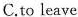
( )12.It's raining heavily now.You shouldn't\underline home.